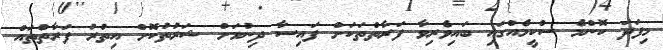
މިފަދަ ކޮންމެ ސްކީމެއްގައި ބައިވެރިވާ ފަރާތްތަކަށް ފައިސާ ދިނުމަށް ޝަރުތުކޮށް އިތުރު ފަރާތްތައް